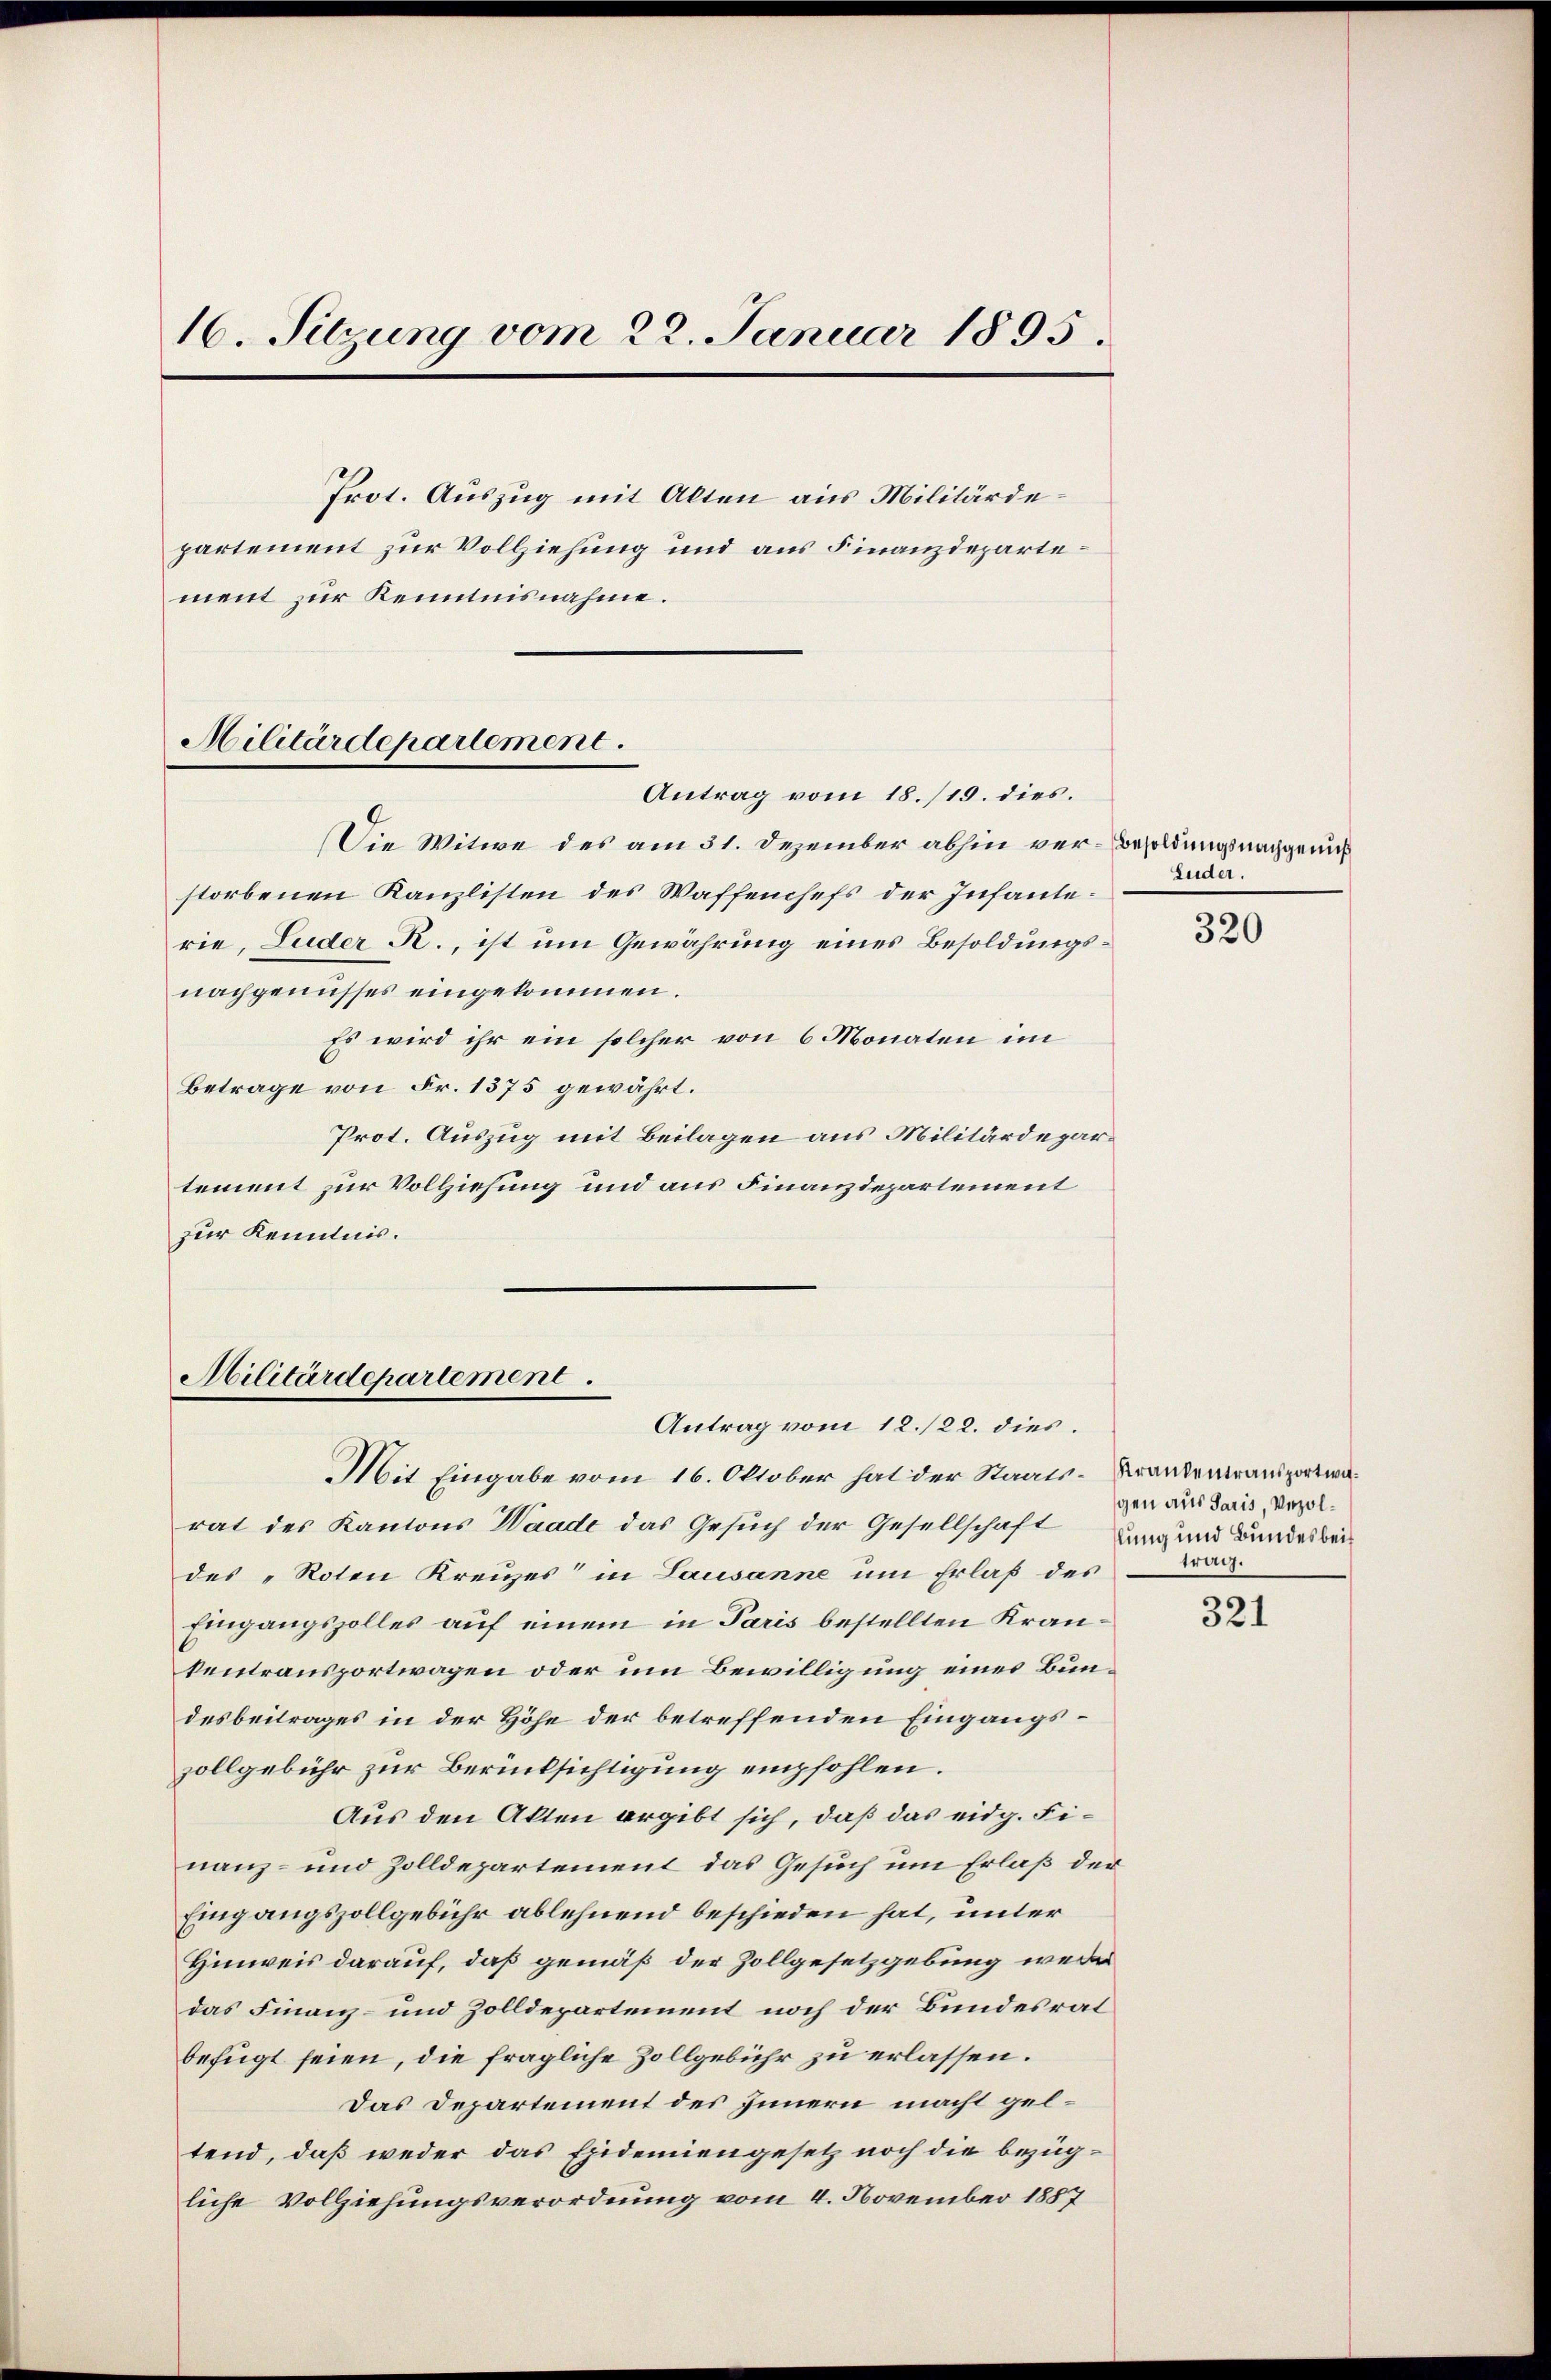
16. Sitzung vom 22. Januar 1895.
Prot. Auszug mit Alten aus Militärdepartement zur Vollziehung und aus Finanzdepartement zur Kenntnisnahme.
Militärdepariement.
Antrag vom 18./19. dies.

Die Witwe des am 31. Dezember abhin ver- Besoldungsnachgenuß
storbenen Kanzlisten des Waffenchefs der Infanterie, Luder R., ist um Gewährung eines Besoldungsnachgenusses eingekommen.
Es wird ihr ein solcher von 6 Monaten im
Betrage von Fr. 1375 gewährt.
Prot. Auszug mit Beilagen aus Militärdepartement zur Vollziehung und aus Finanzdepartement
zur Kenntnis.

Militärdepartement.
Antrag vom 12./22. dies.
Mit Eingabe vom 16. Oktober hat der Staats-Krankenansportwa¬

rat des Kantons Waade das Gesuch der Gesellschaft Burg und Bundesbeides "Roten Kreuzes in Lausanne um Erlaß des
Eingangszolles auf einem in Paris bestellten Krankentransportwagen oder um Bewilligung eines Bundesbeitrages in der Höhe der betreffenden Eingangszollgebühr zur Berücksichtigung empfohlen.
Aus den Akten ergibt sich, daß das eidg. Finanz- und Zolldepartement das Gesuch um Erlaß der
Eingangszollgebühr ablehnend beschieden hat, unter
Hinweis darauf, daß gemäß der Zollgesetzgebung wede
das Finanz- und Zolldepartement noch der Bundesrat
befügt seien, die fragliche Zollgebühr zu erlassen.
Das Departement des Innern macht geltend, daß weder das Epidemiengesetz noch die bezügliche Vollziehungsverordnung vom 4. November 1887

Luder.

320

gen aus Paris, Vezoltrag.

321